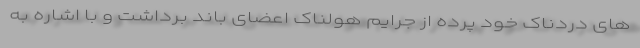
های دردناک خود پرده از جرایم هولناک اعضای باند برداشت و با اشاره به